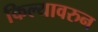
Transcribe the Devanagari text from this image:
किल्यावरुन